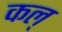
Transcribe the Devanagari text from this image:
कल्‌